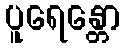
ပူရေန္တော